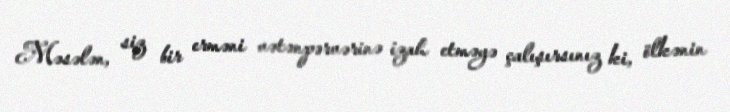
Məsələn, siz bir erməni vətənpərvərinə izah etməyə çalışırsınız ki, ölkənin